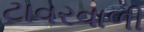
ટાવરવાળી